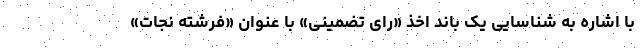
با اشاره به شناسایی یک باند اخذ «رای تضمینی» با عنوان «فرشته نجات»